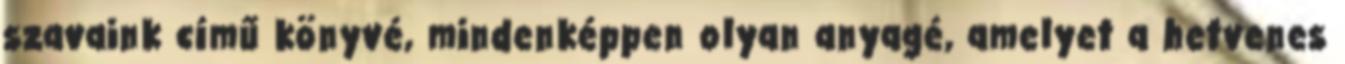
szavaink című könyvé, mindenképpen olyan anyagé, amelyet a hetvenes